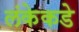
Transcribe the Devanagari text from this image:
लंकेकडे